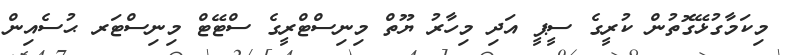
މިކަމާގުޅޭގޮތުން ކުރީގެ ސީޕީ އަދި މިހާރު ޔޫތް މިނިސްޓްރީގެ ސްޓޭޓް މިނިސްޓަރ ޙުސެއިން